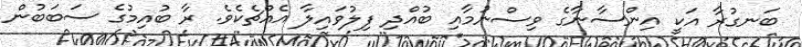
ބަނގުރާ އަކީ އިންސާނާގެ ވިސްނުމާއި ބުއްދި ފިލުވައިލާ އެއްޗެކެވެ. ރާ ބުއިމުގެ ސަބަބުން